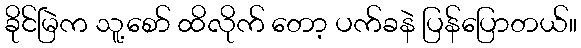
ခိုင်မြဲက သူ့စော် ထိလိုက် တော့ ပက်ခနဲ ပြန်ပြောတယ်။